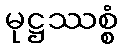
မုဋ္ဌဿစ္စံ